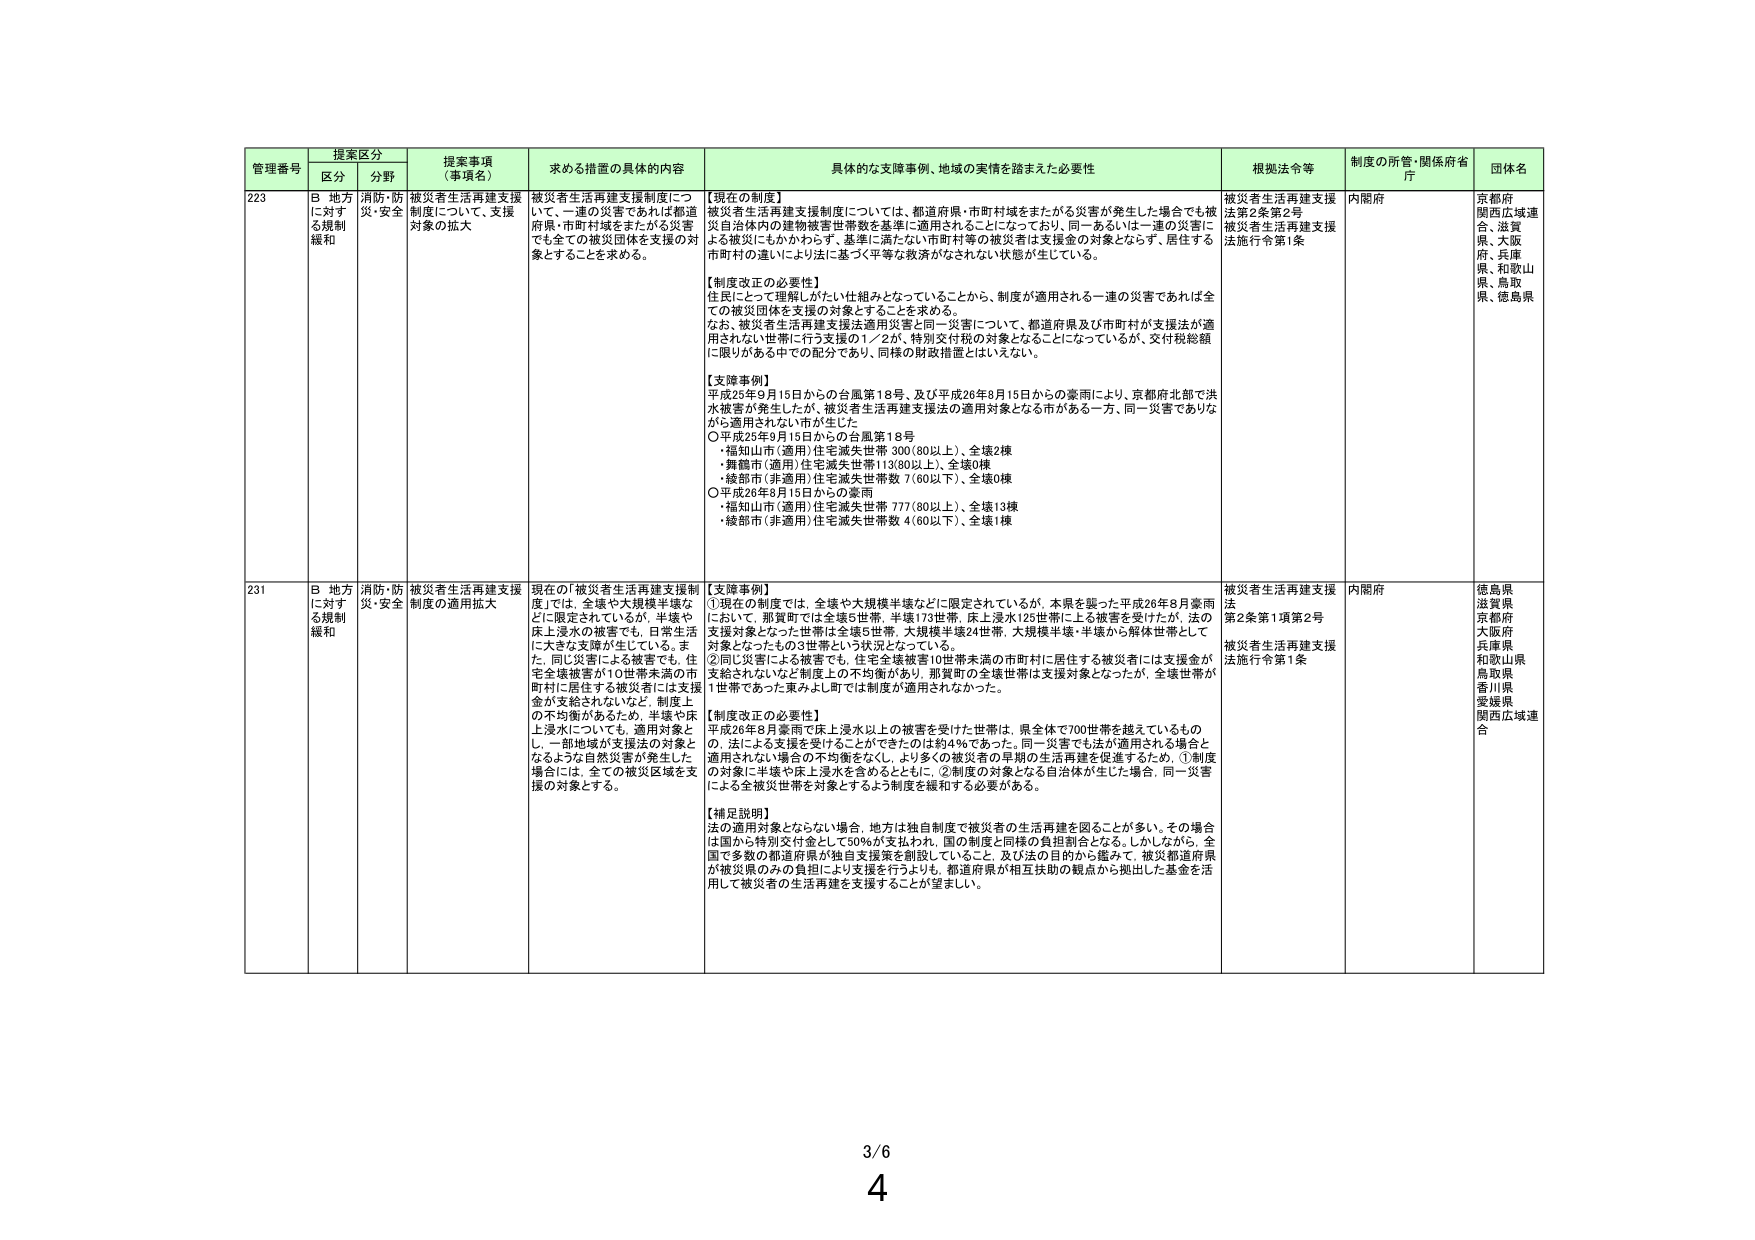
管理番号 提案区分 提案事項（事項名） 求める措置の具体的内容 具体的な支援事例、地域の実情を踏まえた必要性 根拠法令等 制度の所管・関係府省庁 団体名
区分 分野
223 B 地方に対する規制緩和 消防・防災・安全 被災者生活再建支援制度について、支援対象の拡大 被災者生活再建支援制度について、一連の災害であれば都道府県・市町村域をまたがる災害でも全ての被災団体を支援の対象とすることを求める。 【現在の制度】 被災者生活再建支援制度については、都道府県・市町村域をまたがる災害が発生した場合でも被災自治体内の建物被害世帯数を基準に適用されることになっており、同一あるいは一連の災害による被災にもかかわらず、基準に満たない市町村等の被災者は支援金の対象とならず、居住する市町村の違いによりに基づく平等な救済がなされない状態が生じている。 【制度改正の必要性】 住民にとって理解しがたい仕組みとなっていることから、制度が適用される一連の災害であれば全ての被災団体を支援の対象とすることを求める。 なお、被災者生活再建支援法適用災害と同一災害について、都道府県及び市町村が支援法が適用されない世帯に行う支援の1／2が、特別交付税の対象となることになっているが、交付税総額に限りがある中での配分であり、同様の財政措置とはいえない。 【支援事例】 平成25年9月15日からの台風第18号、及び平成26年8月15日からの豪雨により、京都府北部で洪水被害が発生したが、被災者生活再建支援法の適用対象となる市がある一方、同一災害でありながら適用されない市が生じた ○平成25年9月15日からの台風第18号 ・福知山市（適用）住宅滅失世帯 300（80以上）、全壊2棟 ・舞鶴市（適用）住宅滅失世帯113（80以上）、全壊0棟 ・綾部市（非適用）住宅滅失世帯数 7（60以下）、全壊0棟 ○平成26年8月15日からの豪雨 ・福知山市（適用）住宅滅失世帯 777（80以上）、全壊13棟 ・綾部市（非適用）住宅滅失世帯数 4（60以下）、全壊1棟 被災者生活再建支援法第2条第2号 被災者生活再建支援法施行令第1条 内閣府 京都府 関西広域連合、滋賀県、大阪府、兵庫県、和歌山県、鳥取県、徳島県
231 B 地方に対する規制緩和 消防・防災・安全 被災者生活再建支援制度の適用拡大 現在の「被災者生活再建支援制度」では、全壊や大規模半壊などに限定されているが、半壊や床上浸水の被害でも、日常生活に大きな支障が生じている。また、同じ災害による被害でも、住宅全壊被害が10世帯未満の市町村に居住する被災者には支援金が支給されないなど、制度上の不均衡があるため、半壊や床上浸水についても、適用対象とし、一部地域が支援法の対象となるような自然災害が発生した場合には、全ての被災区域を支援の対象とする。 【支援事例】 ①現在の制度では、全壊や大規模半壊などに限定されているが、本県を襲った平成26年8月豪雨において、那賀町では全壊5世帯、半壊173世帯、床上浸水125世帯に上る被害を受けたが、法の支援対象となった世帯は全壊5世帯、大規模半壊24世帯、大規模半壊・半壊から解体世帯として対象となったもの3世帯という状況となっている。 ②同じ災害による被害でも、住宅全壊被害10世帯未満の市町村に居住する被災者には支援金が支給されないなど制度上の不均衡があり、那賀町の全壊世帯は支援対象となったが、全壊世帯が1世帯であった東みよし町では制度が適用されなかった。 【制度改正の必要性】 平成26年8月豪雨で床上浸水以上の被害を受けた世帯は、県全体で700世帯を超えているものの、法による支援を受けることができたのは約4％であった。同一災害でも法が適用される場合と適用されない場合の不均衡をなし、より多くの被災者の早期の生活再建を促進するため、①制度の対象に半壊や床上浸水を含めるとともに、②制度の対象となる自治体が生じた場合、同一災害による全被災世帯を対象とするよう制度を緩和する必要がある。 【補足説明】 法の適用対象とならない場合、地方は独自制度で被災者の生活再建を図ることが多い。その場合は国から特別交付金として50％が支払われ、国の制度と同様の負担割合となる。しかしながら、全国で多数の都道府県が独自支援策を創設していること、及び法の目的から鑑みて、被災都道府県が被災県のみの負担により支援を行うよりも、都道府県が相互扶助の観点から拠出した基金を活用して被災者の生活再建を支援することが望ましい。 被災者生活再建支援法第2条第1項第2号 被災者生活再建支援法施行令第1条 内閣府 徳島県 滋賀県 京都府 大阪府 兵庫県 和歌山県 鳥取県 香川県 愛媛県 関西広域連合
3/6
4